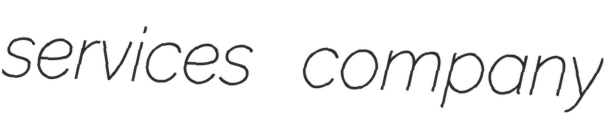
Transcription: services company